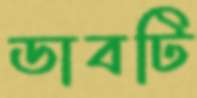
ডাবটি